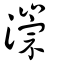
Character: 漴